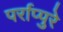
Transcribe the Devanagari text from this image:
पर्राप्पुरे